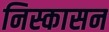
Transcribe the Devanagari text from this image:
निस्कासन